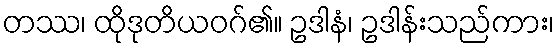
တဿ၊ ထိုဒုတိယဝဂ်၏။ ဥဒါနံ၊ ဥဒါန်းသည်ကား၊